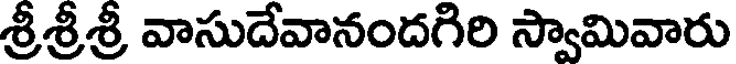
శ్రీశ్రీశ్రీ వాసుదేవానందగిరి స్వామివారు